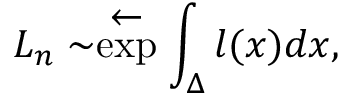
L _ { n } \sim \stackrel { { \textstyle \leftarrow } } { \exp } \int _ { \Delta } l ( x ) d x ,